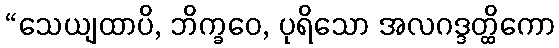
“သေယျထာပိ, ဘိက္ခဝေ, ပုရိသော အလဂဒ္ဒတ္ထိကော